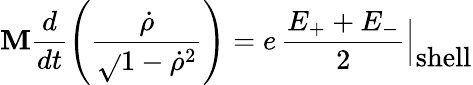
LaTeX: \mathbf{M}\frac{{d}}{{dt}}\left(\frac{{{\dot{{\rho}}}}}{{\sqrt{}{{1-{\dot{{\rho}}}^{2}}}}}\right)=e\, \frac{{E_{+}+E_{-}}}{{2}}\Bigl|_{\textstyle\mathrm{{shell}}}